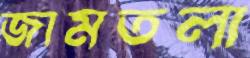
জামতলা